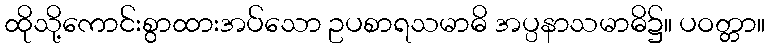
ထိုသို့ကောင်းစွာထားအပ်သော ဥပစာရသမာဓိ အပ္ပနာသမာဓိ၌။ ပဝတ္တာ။